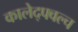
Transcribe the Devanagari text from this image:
कालेद्फ्वल्च